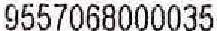
9557068000035